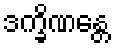
ဒက္ခိဏန္တေ